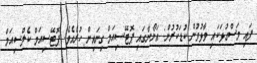
ފައި މަސްގުޅަކައި ވާޅުވުން ކުޑަކުރުން: އަނޯނާގައި ޕޮޓޭސިއަމް ގިނައިން ހުރެއެވެ. ޕޮޓޭސިއަމް ކެލްސިއަމް